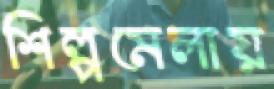
শিল্পমেলায়